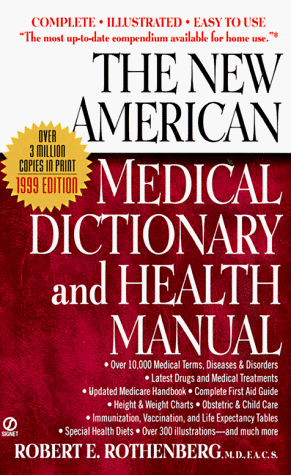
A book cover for The New American Medical Dictionary and Health Manual; Robert E. Rothenberg; Health, Fitness & Dieting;